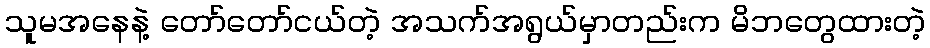
သူမအနေနဲ့ တော်တော်ငယ်တဲ့ အသက်အရွယ်မှာတည်းက မိဘတွေထားတဲ့